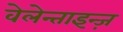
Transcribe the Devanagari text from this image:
वेलेन्ताइन्ज़